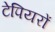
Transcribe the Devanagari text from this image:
टेपियरों